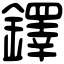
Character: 鐸